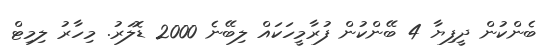
ބެންކުން ދީފިޔާ 4 ބޭންކުން ފުރާމީހަކައް ލިބޭނެ 2000 ޑޮލަރު. މިހާރު ލިމިޓް